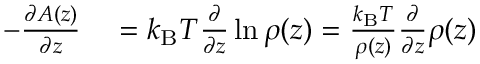
\begin{array} { r l } { - \frac { \partial A ( z ) } { \partial z } } & { { } = k _ { \mathrm { B } } T \frac { \partial } { \partial z } \ln \rho ( z ) = \frac { k _ { \mathrm { B } } T } { \rho ( z ) } \frac { \partial } { \partial z } \rho ( z ) } \end{array}